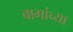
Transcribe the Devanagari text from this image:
बागांच्या